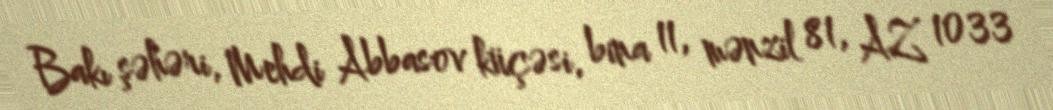
Bakı şəhəri, Mehdi Abbasov küçəsi, bina 11, mənzil 81, AZ 1033